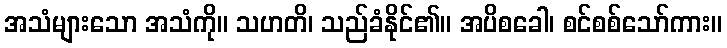
အသံများသော အသံကို။ သဟတိ၊ သည်ခံနိုင်၏။ အပိစခေါ၊ စင်စစ်သော်ကား။